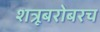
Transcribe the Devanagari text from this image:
शत्रूबरोबरच